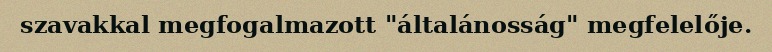
szavakkal megfogalmazott "általánosság" megfelelője.